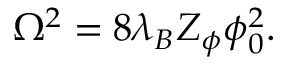
\Omega ^ { 2 } = 8 \lambda _ { B } Z _ { \phi } \phi _ { 0 } ^ { 2 } .